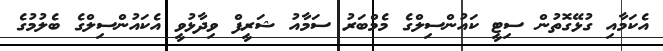
އެކަމާއި ގުޅޭގޮތުން ސިޓީ ކައުންސިލްގެ މެމްބަރު ސަމާއު ޝަރީފް ވިދާޅުވީ އެކައުންސިލްގެ ބެލުމުގެ